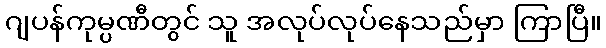
ဂျပန်ကုမ္ပဏီတွင် သူ အလုပ်လုပ်နေသည်မှာ ကြာပြီ။